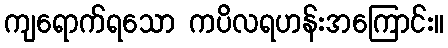
ကျရောက်ရသော ကပိလရဟန်းအကြောင်း။